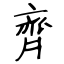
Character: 齊